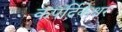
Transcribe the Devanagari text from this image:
कपर्दिकेश्वर